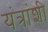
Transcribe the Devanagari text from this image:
यंत्रांशी